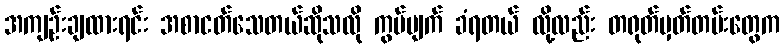
အကျဉ်းချထားရင်း အစာငတ်သေတယ်ဆိုသလို ကွပ်မျက် ခံရတယ် လို့လည်း တရုတ်မှတ်တမ်းတွေက